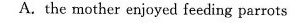
A.the mother enjoyed feeding parrots